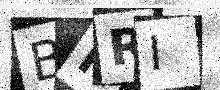
Text: BNRI